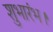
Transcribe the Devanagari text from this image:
शुभारंभ।